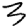
Digit: 3